Vaccination in Burma 1912-1922 - 1912-1922
Year: 1912
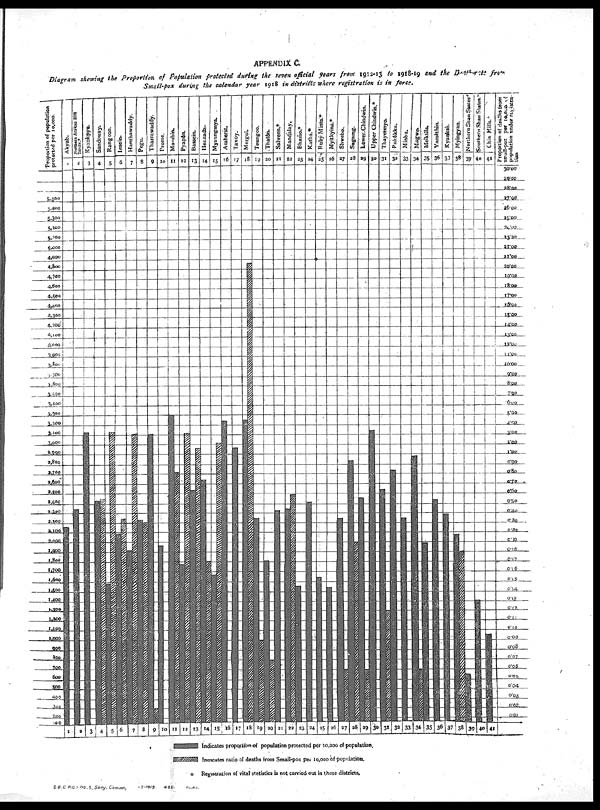
APPENDIX C.
Diagram showing the Proportion of Population protected during the seven official years from 1912-13 to 1918-19 and the Death-rate from
Small-pox during the calendar year 1918 in districts where registration is in force.
* Registration of vital statistics is not carried out in these districts.
G B.C P.C.- No.5, Sany. Commr.,
-7-/9/9.
480.
TL.,R C .